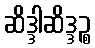
ဆိဒ္ဒါဆိဒ္ဒဉ္စ